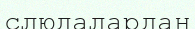
слюдалардан